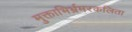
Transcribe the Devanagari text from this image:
मुक्ताभिर्भ्रमरकलिता